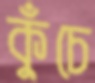
কুঁচে